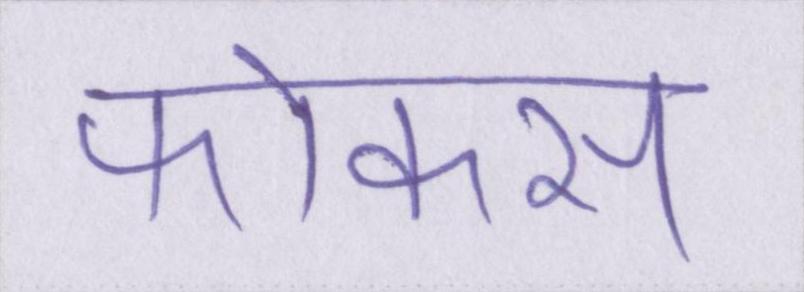
फोकस